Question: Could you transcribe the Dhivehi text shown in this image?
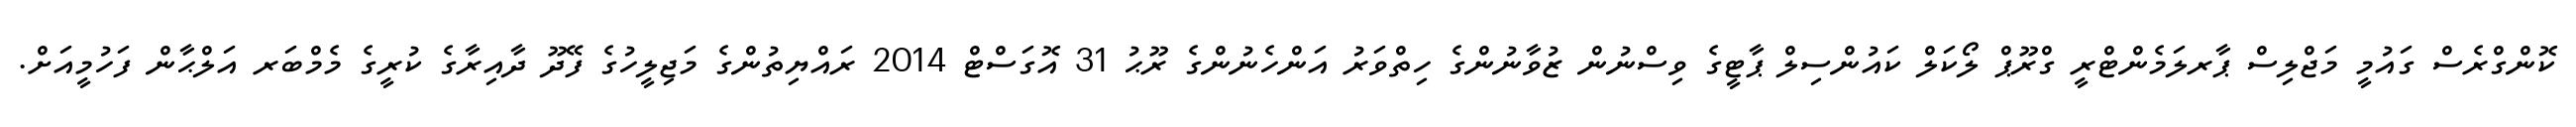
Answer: ކޮންގްރެސް ގައުމީ މަޖްލިސް ޕާރލަމެންޓްރީ ގްރޫޕް ލޯކަލް ކައުންސިލް ޕާޓީގެ ވިސްނުން ޒުވާނުންގެ ހިތްވަރު އަންހެނުންގެ ރޫޙު 31 އޮގަސްޓް 2014 ރައްޔިތުންގެ މަޖިލީހުގެ ފޭދޫ ދާއިރާގެ ކުރީގެ މެމްބަރ އަލްޙާން ފަހުމީއަށް.